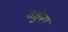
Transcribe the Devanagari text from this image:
वड्डेरा